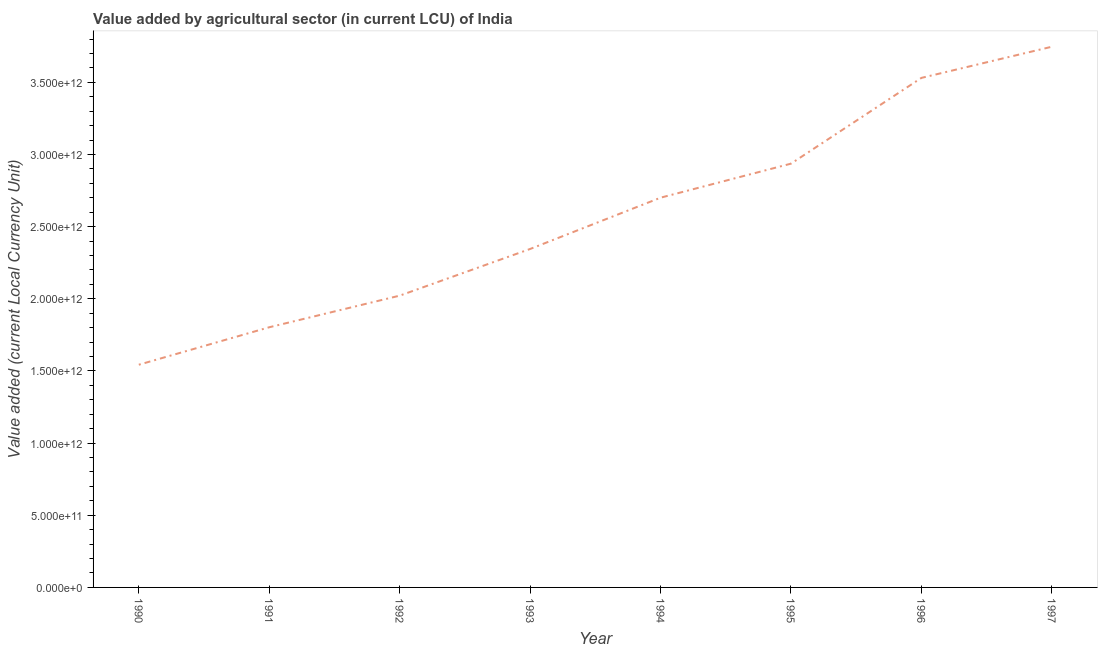
| Year | Agriculture |
 | --- | --- |
 | 1990 | 1.54e+12 |
 | 1991 | 1.8e+12 |
 | 1992 | 2.02e+12 |
 | 1993 | 2.35e+12 |
 | 1994 | 2.7e+12 |
 | 1995 | 2.94e+12 |
 | 1996 | 3.53e+12 |
 | 1997 | 3.75e+12 |